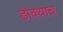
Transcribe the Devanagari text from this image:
डोक्याच